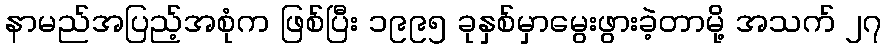
နာမည်အပြည့်အစုံက ဖြစ်ပြီး ၁၉၉၅ ခုနှစ်မှာမွေးဖွားခဲ့တာမို့ အသက် ၂၇